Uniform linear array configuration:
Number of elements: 24
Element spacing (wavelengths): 0.5
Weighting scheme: binomial
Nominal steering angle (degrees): -30
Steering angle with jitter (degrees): -31.618
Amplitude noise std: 0.05
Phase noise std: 0.05

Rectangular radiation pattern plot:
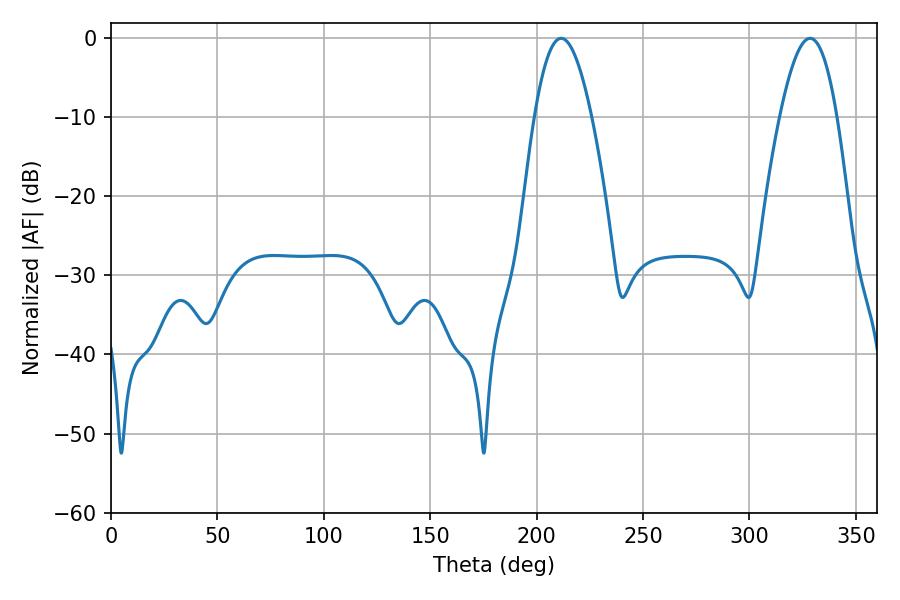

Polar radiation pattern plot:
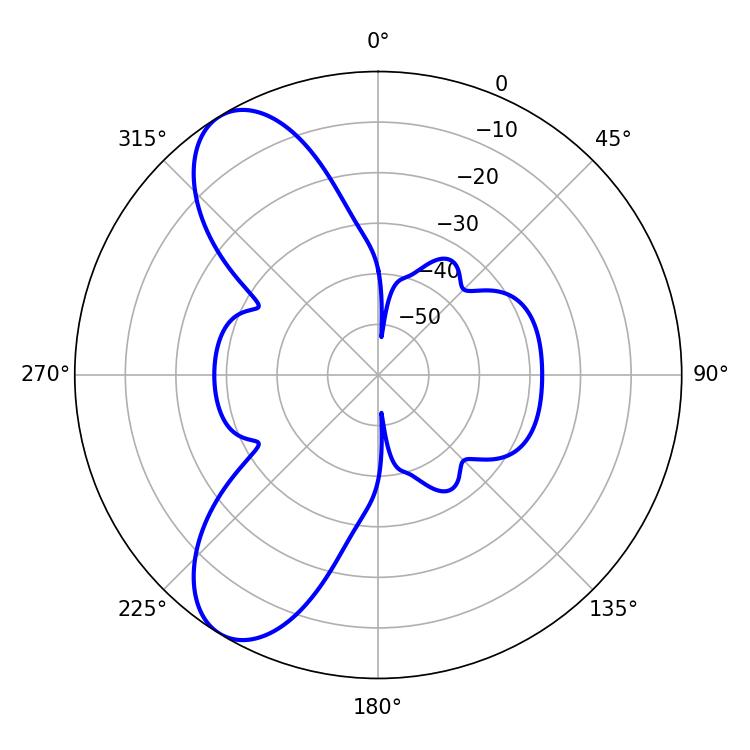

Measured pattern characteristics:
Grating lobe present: FALSE
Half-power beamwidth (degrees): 14.58
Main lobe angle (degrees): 328.5